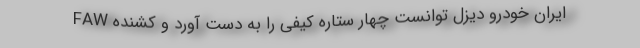
ایران خودرو دیزل توانست چهار ستاره کیفی را به دست آورد و کشنده FAW